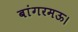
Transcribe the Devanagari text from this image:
बांगरमऊ।